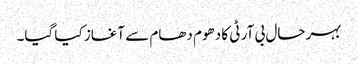
بہر حال بی آر ٹی کا دھوم دھام سے آغاز کیا گیا۔